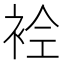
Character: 𲀬